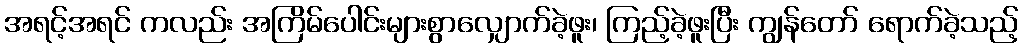
အရင့်အရင် ကလည်း အကြိမ်ပေါင်းများစွာလျှောက်ခဲ့ဖူး၊ ကြည့်ခဲ့ဖူးပြီး ကျွန်တော် ရောက်ခဲ့သည့်